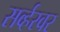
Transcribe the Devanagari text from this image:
सर्व्हरवर